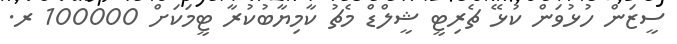
ސީޒަން ހުޅުވަން ކުޅޭ ޗެރިޓީ ޝީލްޑް މެޗު ކާމިޔާބުކުރާ ޓީމަކަށް 100000 ރ.